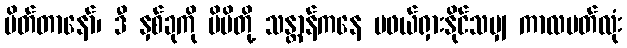
ပိတ်တာနော်၊ ဒီ နှစ်ခုကို မိမိတို့ သန္တာန်ကနေ မဖယ်ရှားနိုင်သမျှ ကာလပတ်လုံး